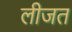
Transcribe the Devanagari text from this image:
लीजत